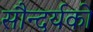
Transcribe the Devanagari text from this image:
सौन्दर्यको